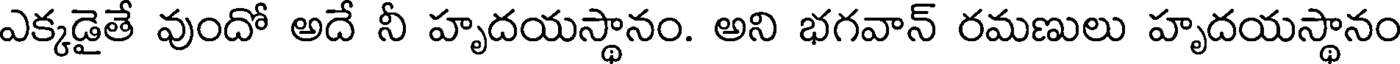
ఎక్కడైతే వుందో అదే నీ హృదయస్థానం. అని భగవాన్ రమణులు హృదయస్థానం